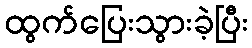
ထွက်ပြေးသွားခဲ့ပြီး